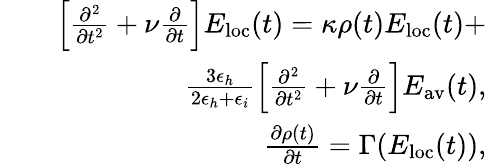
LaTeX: \begin{array}{rlr}&{}&{\left[\frac{\partial^{2}}{\partial t^{2}}+\nu\frac{\partial}{\partial t}\right]E_{\mathrm{loc}}(t)=\kappa\rho(t)E_{\mathrm{loc}}(t)+}\\ &{}&{\frac{3\epsilon_{h}}{2\epsilon_{h}+\epsilon_{i}}\left[\frac{\partial^{2}}{\partial t^{2}}+\nu\frac{\partial}{\partial t}\right]E_{\mathrm{av}}(t),}\\ &{}&{\frac{\partial\rho(t)}{\partial t}=\Gamma(E_{\mathrm{loc}}(t)),}\end{array}